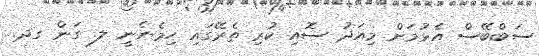
ސަބްބޭސް އެޅުމަށް މިއަދު ސޮއި ކުރި ތެރޭގައި ހިމެނެނީ ލ. ގަން ގދ.